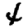
Digit: 4